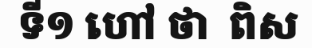
ទី១ ហៅ ថា  ពិស